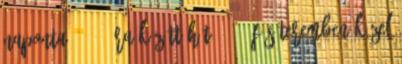
naponta 11-23 óra között hét 20-80 fős teremben közel